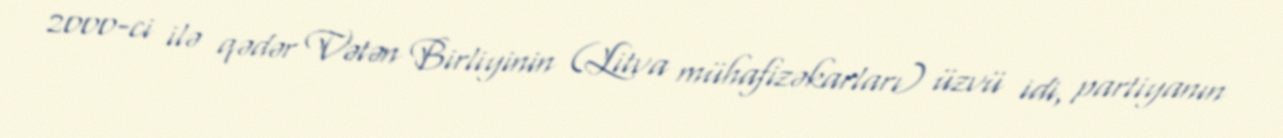
2000-ci ilə qədər Vətən Birliyinin (Litva mühafizəkarları) üzvü idi, partiyanın